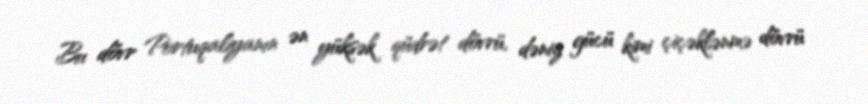
Bu dövr Portuqaliyanın ən yüksək qüdrət dövrü, dəniz gücü kimi çiçəklənmə dövrü